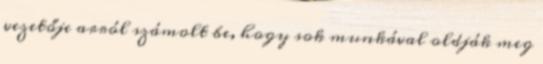
vezetője arról számolt be, hogy sok munkával oldják meg